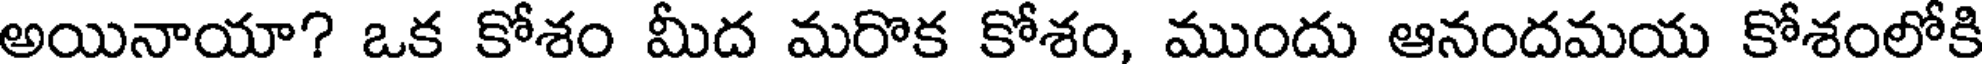
అయినాయా? ఒక కోశం మీద మరొక కోశం, ముందు ఆనందమయ కోశంలోకి